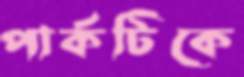
পার্কটিকে